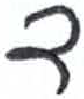
אות: ד